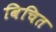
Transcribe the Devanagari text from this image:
विचित